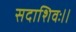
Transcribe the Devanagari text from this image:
सदाशिवः।।